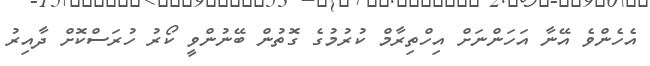
އެހެންވެ އޭނާ އަހަންނަށް އިހްތިރާމް ކުރުމުގެ ގޮތުން ބޭނުންވީ ކޯރު ހުރަސްކޮށް ދާއިރު